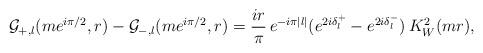
LaTeX: \begin{align*}\mathcal{G}_{+,l}(me^{i\pi/2}, r) - \mathcal{G}_{-,l}(me^{i\pi/2},r) = \frac{ir}{\pi} \, e^{-i\pi|l|} (e^{2i\delta^{+}_l} - e^{2i\delta^{-}_l}) \, K^2_W(mr),\end{align*}